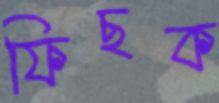
ফিছক